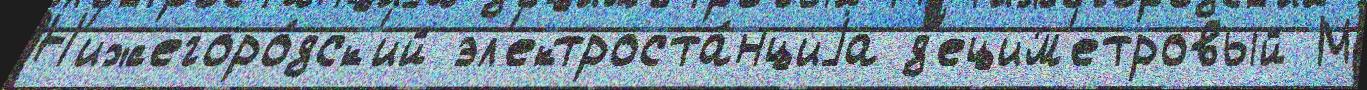
Н'ижегоро́дск'ий эл'ектроста́нциjа д'ецим'етровый М